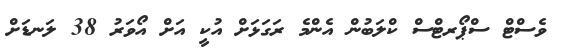
ވެސްޓް ސްޕޯރޓްސް ކްލަބުން އެންމެ ރަގަޅަށް އުކީ އަށް އޯވަރު 38 ލަނޑަށް